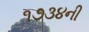
૧૭૩૪ની